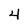
Character: 4